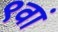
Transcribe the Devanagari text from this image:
९वां